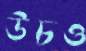
উচও